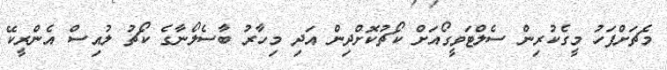
މެޗަށްފަހު މީގެކުރިން ސެލްޓަވީގޯއަށް ކޯޗުކޮށްދިން އަދި މިހާރު ބާސެލޯނާގެ ކޯޗު ލުއިސް އެންރީކޭ